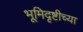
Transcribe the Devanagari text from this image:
भूमिदृष्टीच्या